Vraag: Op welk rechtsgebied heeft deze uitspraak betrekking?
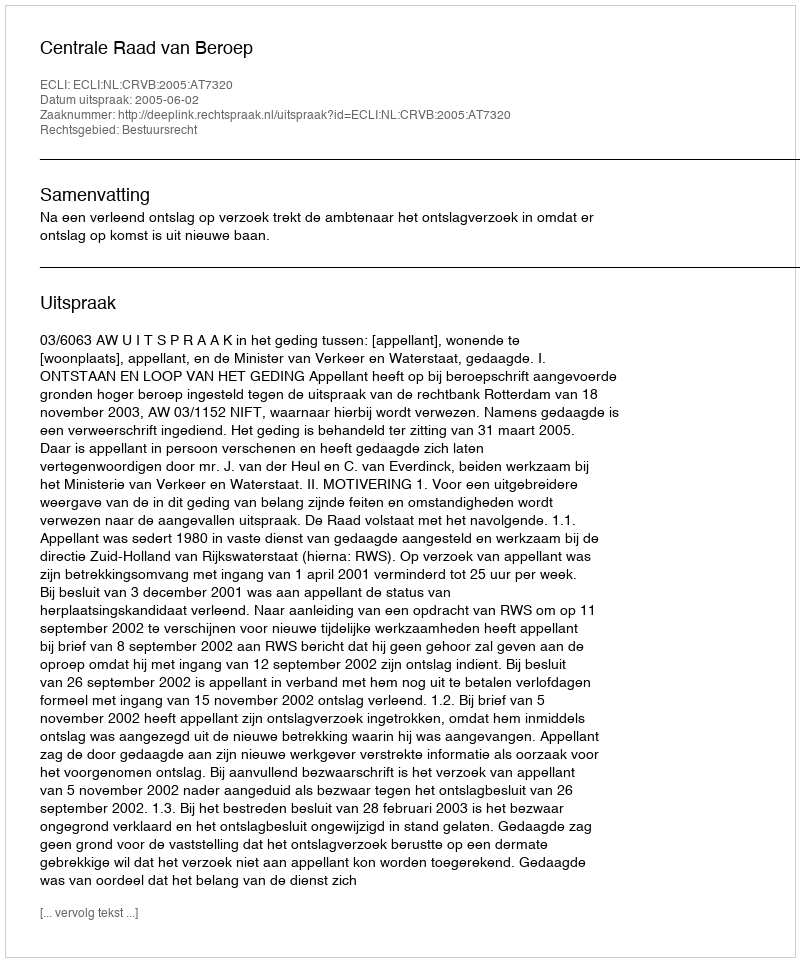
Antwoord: Bestuursrecht